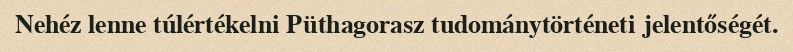
Nehéz lenne túlértékelni Püthagorasz tudománytörténeti jelentőségét.